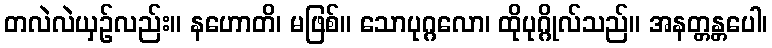
တလဲလဲယှဉ်လည်း။ နဟောတိ၊ မဖြစ်။ သောပုဂ္ဂလော၊ ထိုပုဂ္ဂိုလ်သည်။ အနတ္တန္တပေါ၊